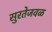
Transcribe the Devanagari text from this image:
सुरतेजवळ